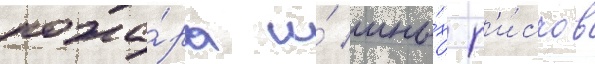
пожа́ра и́ ины́х р'и́сков